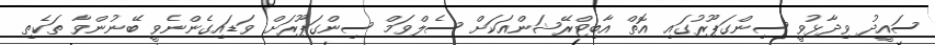
ސައީދު ވިދާޅުވީ ސިންގަޕޫރުގައި އޮތް އާބިޓްރޭޝަންއަކަށް ސެލްވަމް ސިންގަޕޫރަށް ވަޑައިގެންނެވީ ބޭނުންވާ ތަކެތި